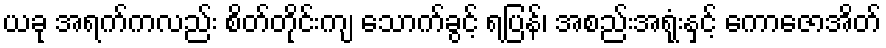
ယခု အရက်ကလည်း စိတ်တိုင်းကျ သောက်ခွင့် ရပြန်၊ အစည်းအရုံးနှင့် ကောဇောအိတ်